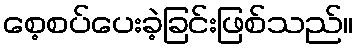
စေ့စပ်ပေးခဲ့ခြင်းဖြစ်သည်။